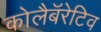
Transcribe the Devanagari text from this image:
कोलैबॅरेटिव